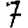
Digit: 7